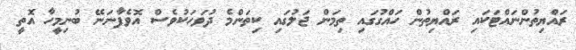
ރައްޔިތުންނައްޓަކައި ރައްޔިތުން ހައްގުގައި ތިމަން ޖަލުގައި ކިތަންމެ ދުވަހަކުވެސް އޮވެފާނަނޭ ބުނިމީހާ އޮތީ